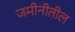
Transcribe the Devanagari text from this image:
जमीनीतील